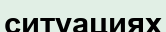
ситуациях